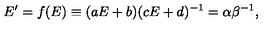
E ^ { \prime } = f ( E ) \equiv ( a E + b ) ( c E + d ) ^ { - 1 } = \alpha \beta ^ { - 1 } ,